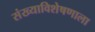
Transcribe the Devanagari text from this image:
संख्याविशेषणाला